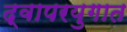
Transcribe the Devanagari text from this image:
द्वापरयुगात